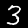
Label: 3